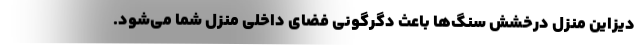
دیزاین منزل درخشش سنگ‌ها باعث دگرگونی فضای داخلی منزل شما می‌شود.